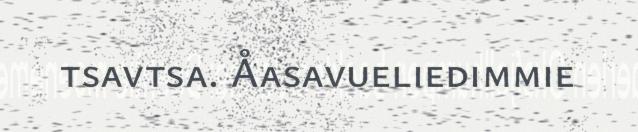
tsavtsa. Åasavueliedimmie